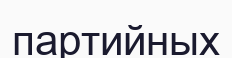
партийных